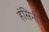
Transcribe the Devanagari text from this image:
हंसिनी